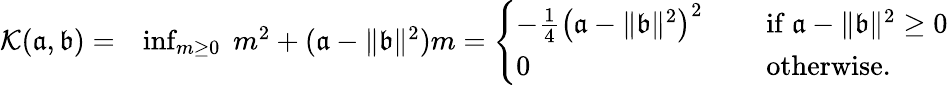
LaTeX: \begin{array}{rl}{{\mathcal K}(\mathfrak{a},\mathfrak{b})=}&{\operatorname*{inf}_{m\geq 0}\; m^{2}+(\mathfrak{a}-\| \mathfrak{b}\| ^{2})m=\left\{ \begin{array}{ll}{-\frac{1}{4}\bigl(\mathfrak{a}-\| \mathfrak{b}\| ^{2}\bigr)^{2}\quad}&{\mathrm{~if~}\mathfrak{a}-\| \mathfrak{b}\| ^{2}\geq 0}\\ {0\quad}&{\mathrm{~otherwise.~}}\end{array}\right.}\end{array}